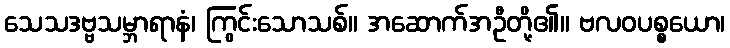
သေသဒဗ္ဗသမ္ဘာရာနံ၊ ကြွင်းသောသစ်။ အဆောက်အဦတို့၏။ ဗလဝပစ္စယော၊